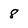
Character: 8